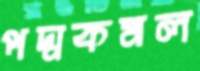
পদ্মকমল